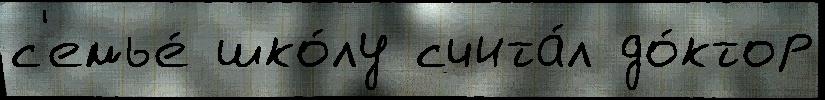
с'емье́ шко́лу счита́л до́ктор